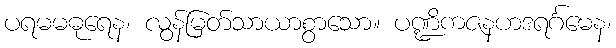
ပရမမဓုရေန၊ လွန်မြတ်သာယာစွာသော။ ပဏ္ဍိကဇနဟဒရင်္ဂမေန၊